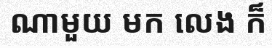
ណាមួយ មក លេង ក៏